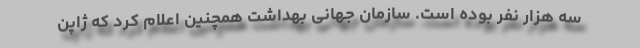
سه هزار نفر بوده است. سازمان جهانی بهداشت همچنین اعلام کرد که ژاپن